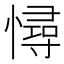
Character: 憳